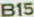
B15